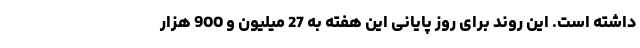
داشته است. این روند برای روز پایانی این هفته به 27 میلیون و 900 هزار